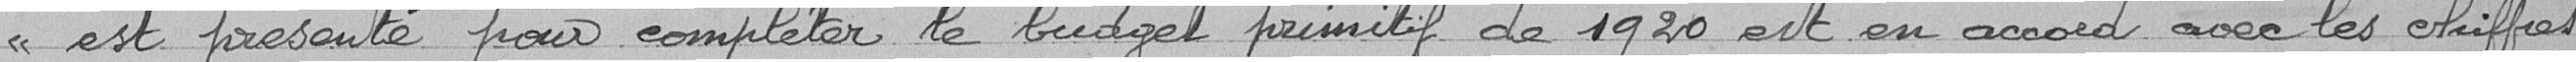
est présenté pour compléter le budget primitif de 1920 est en accord avec les chiffres